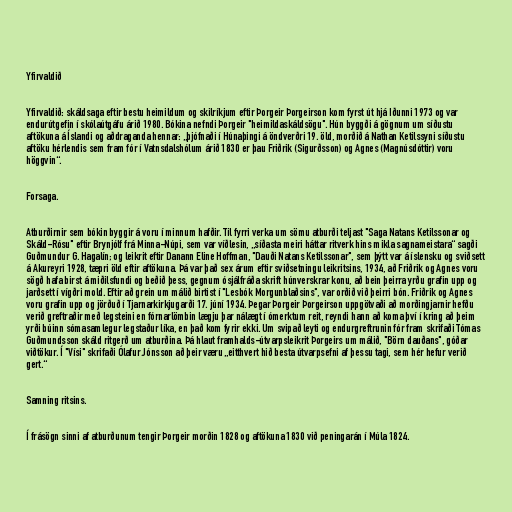
Yfirvaldið

Yfirvaldið: skáldsaga eftir bestu heimildum og skilríkjum eftir Þorgeir Þorgeirson kom fyrst út hjá Iðunni 1973 og var
endurútgefin í skólaútgáfu árið 1980. Bókina nefndi Þorgeir "heimildaskáldsögu". Hún byggði á gögnum um síðustu
aftökuna á Íslandi og aðdraganda hennar: „þjófnaði í Húnaþingi á öndverðri 19. öld, morðið á Nathan Ketilssyni síðustu
aftöku hérlendis sem fram fór í Vatnsdalshólum árið 1830 er þau Friðrik (Sigurðsson) og Agnes (Magnúsdóttir) voru
höggvin“.

Forsaga.

Atburðirnir sem bókin byggir á voru í minnum hafðir. Til fyrri verka um sömu atburði teljast "Saga Natans Ketilssonar og
Skáld-Rósu" eftir Brynjólf frá Minna-Núpi, sem var víðlesin, „síðasta meiri háttar ritverk hins mikla sagnameistara“ sagði
Guðmundur G. Hagalín; og leikrit eftir Danann Eline Hoffman, "Dauði Natans Ketilssonar", sem þýtt var á íslensku og sviðsett
á Akureyri 1928, tæpri öld eftir aftökuna. Þá var það sex árum eftir sviðsetningu leikritsins, 1934, að Friðrik og Agnes voru
sögð hafa birst á miðilsfundi og beðið þess, gegnum ósjálfráða skrift húnverskrar konu, að bein þeirra yrðu grafin upp og
jarðsett í vígðri mold. Eftir að grein um málið birtist í "Lesbók Morgunblaðsins", var orðið við þeirri bón. Friðrik og Agnes
voru grafin upp og jörðuð í Tjarnarkirkjugarði 17. júní 1934. Þegar Þorgeir Þorgeirson uppgötvaði að morðingjarnir hefðu
verið greftraðir með legsteini en fórnarlömbin lægju þar nálægt í ómerktum reit, reyndi hann að koma því í kring að þeim
yrði búinn sómasamlegur legstaður líka, en það kom fyrir ekki. Um svipað leyti og endurgreftrunin fór fram skrifaði Tómas
Guðmundsson skáld ritgerð um atburðina. Þá hlaut framhalds-útvarpsleikrit Þorgeirs um málið, "Börn dauðans", góðar
viðtökur. Í "Vísi" skrifaði Ólafur Jónsson að þeir væru „eitthvert hið besta útvarpsefni af þessu tagi, sem hér hefur verið
gert.“

Samning ritsins.

Í frásögn sinni af atburðunum tengir Þorgeir morðin 1828 og aftökuna 1830 við peningarán í Múla 1824.